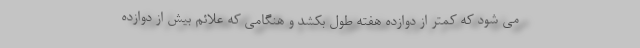
می شود که کمتر از دوازده هفته طول بکشد و هنگامی که علائم بیش از دوازده